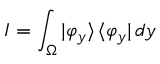
I = \int _ { \Omega } | \varphi _ { y } \rangle \, \langle \varphi _ { y } | \, d y